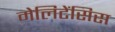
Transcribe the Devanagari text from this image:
मेलिटेंसिस